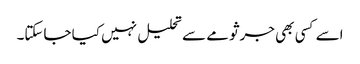
اسے کسی بھی جرثومے سے تحلیل نہیں کیا جاسکتا۔